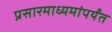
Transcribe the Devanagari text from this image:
प्रसारमाध्यमांपर्यंत